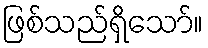
ဖြစ်သည်ရှိသော်။